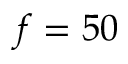
f = 5 0